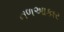
નળઆકાર